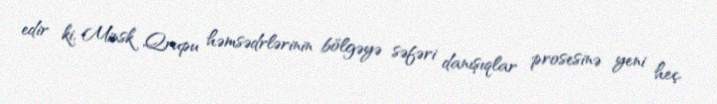
edir ki, Minsk Qrupu həmsədrlərinin bölgəyə səfəri danışıqlar prosesinə yeni heç